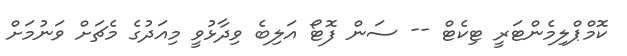
ކޮމްޕްލިމެންޓަރީ ޓިކެޓް -- ސަން ފޮޓޯ އަލިބެ ވިދާޅުވީ މިއަދުގެ މެޗަށް ވަނުމަށް